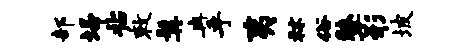
部埽拈敕髯冉乎夷秫俗鼙形坡